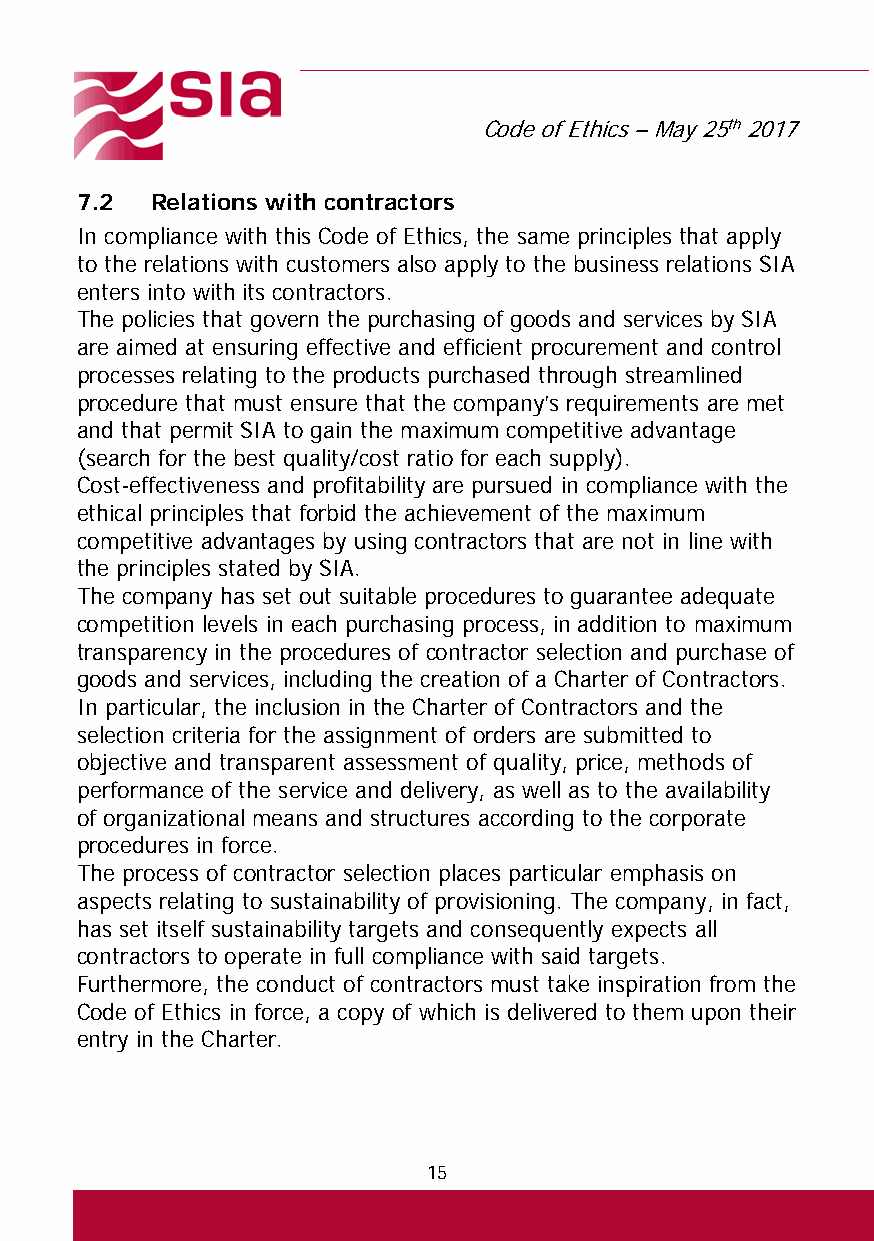
Code of Ethics – May 25th 2017
 7.2  Relations with contractors
 In compliance with this Code of Ethics, the same principles that apply
 to the relations with customers also apply to the business relations SIA
 enters into with its contractors.
 The policies that govern the purchasing of goods and services by SIA
 are aimed at ensuring effective and efficient procurement and control
 processes relating to the products purchased through streamlined
 procedure that must ensure that the company’s requirements are met
 and that permit SIA to gain the maximum competitive advantage
 (search for the best quality/cost ratio for each supply).
 Cost-effectiveness and profitability are pursued in compliance with the
 ethical principles that forbid the achievement of the maximum
 competitive advantages by using contractors that are not in line with
 the principles stated by SIA.
 The company has set out suitable procedures to guarantee adequate
 competition levels in each purchasing process, in addition to maximum
 transparency in the procedures of contractor selection and purchase of
 goods and services, including the creation of a Charter of Contractors.
 In particular, the inclusion in the Charter of Contractors and the
 selection criteria for the assignment of orders are submitted to
 objective and transparent assessment of quality, price, methods of
 performance of the service and delivery, as well as to the availability
 of organizational means and structures according to the corporate
 procedures in force.
 The process of contractor selection places particular emphasis on
 aspects relating to sustainability of provisioning. The company, in fact,
 has set itself sustainability targets and consequently expects all
 contractors to operate in full compliance with said targets.
 Furthermore, the conduct of contractors must take inspiration from the
 Code of Ethics in force, a copy of which is delivered to them upon their
 entry in the Charter.
 15